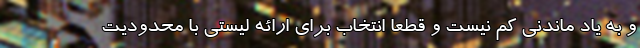
و به یاد ماندنی کم نیست و قطعا انتخاب برای ارائه لیستی با محدودیت